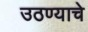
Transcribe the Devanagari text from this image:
उठण्याचे